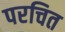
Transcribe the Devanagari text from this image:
परचित